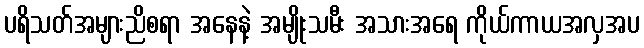
ပရိသတ်အများညိစရာ အနေနဲ့ အမျိုးသမီး အသားအရေ ကိုယ်ကာယအလှအပ